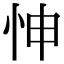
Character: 𢘊